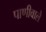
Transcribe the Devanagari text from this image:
पाणीवाले